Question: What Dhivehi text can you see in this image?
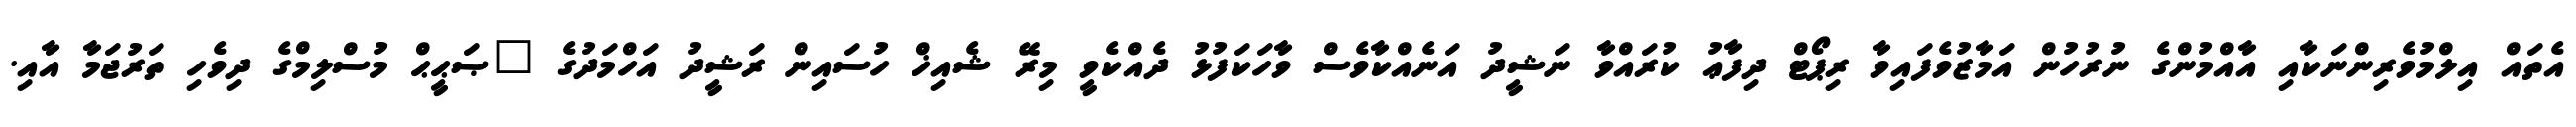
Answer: އެތައް އިލްމުވެރިންނަކާއި އާއްމުންގެ ނުރުހުން އަމާޒުވެފައިވާ ރިޕޯޓް ދިފާޢު ކުރައްވާ ނަޝީދު އަނެއްކާވެސް ވާހަކަފުޅު ދެއްކެވީ މިރޭ ޝެއިޚް ހުސައިން ރަޝީދު އަހްމަދުގެ "ޞަޙީޙް މުސްލިމްގެ ދިވެހި ތަރުޖަމާ އާއި.